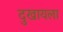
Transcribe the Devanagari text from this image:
दुखायला